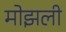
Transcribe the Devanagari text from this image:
मोझली